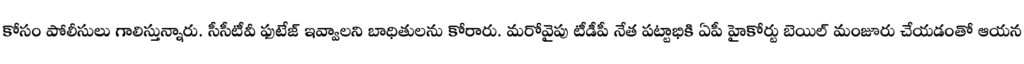
కోసం పోలీసులు గాలిస్తున్నారు. సీసీటీవీ ఫుటేజ్ ఇవ్వాలని బాధితులను కోరారు. మరోవైపు టీడీపీ నేత పట్టాభికి ఏపీ హైకోర్టు బెయిల్ మంజూరు చేయడంతో ఆయన